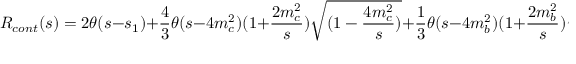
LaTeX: R _ { c o n t } ( s ) = 2 \theta ( s - s _ { 1 } ) + \frac { 4 } { 3 } \theta ( s - 4 m _ { c } ^ { 2 } ) ( 1 + \frac { 2 m _ { c } ^ { 2 } } { s } ) \sqrt { ( 1 - \frac { 4 m _ { c } ^ { 2 } } { s } ) } + \frac { 1 } { 3 } \theta ( s - 4 m _ { b } ^ { 2 } ) ( 1 + \frac { 2 m _ { b } ^ { 2 } } { s } ) \sqrt { ( 1 - \frac { 4 m _ { b } ^ { 2 } } { s } ) }